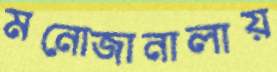
মনোজানালায়